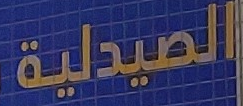
الصيدلية